Scientific memoirs by medical officers of the Army of India - Part II,
Year: 1886
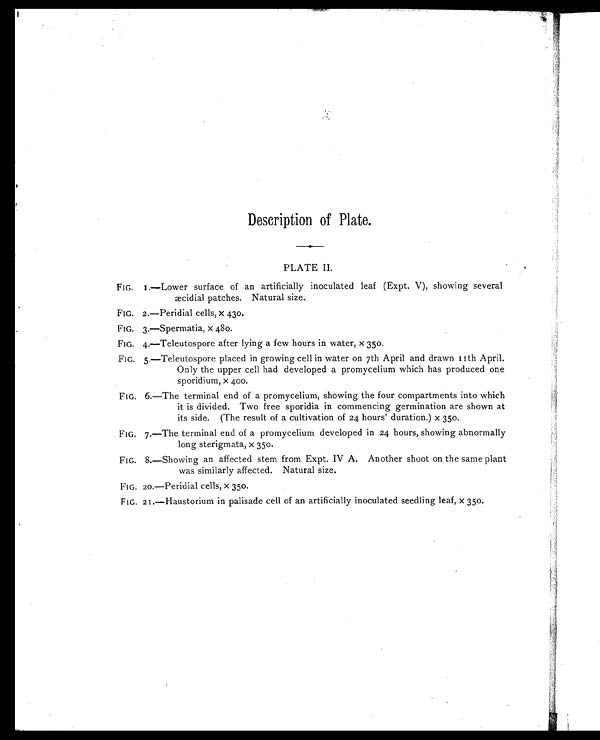
Description of Plate.
PLATE II.
FIG. 1.—Lower surface of an artificially inoculated leaf (Expt. V), showing several
cidial patches. Natural size.
FIG. 2.—Peridial cells, x 430.
FIG. 3.—Spermatia, x 480.
FIG. 4.—Teleutospore after lying a few hours in water, x 350.
FIG. 5.—Teleutospore placed in growing cell in water on 7th April and drawn 11th April.
Only the upper cell had developed a promycelium which has produced one
sporidium, x 400.
FIG. 6.—The terminal end of a promycelium, showing the four compartments into which
it is divided. Two free sporidia in commencing germination are shown at
its side. (The result of a cultivation of 24 hours' duration.) x 350.
FIG. 7.—The terminal end of a promycelium developed in 24 hours, showing abnormally
long sterigmata, x 350.
FIG. 8.—Showing an affected stem from Expt. IV A. Another shoot on the same plant
was similarly affected. Natural size.
FIG. 20.—Peridial cells, x 350.
FIG. 21.—Haustorium in palisade cell of an artificially inoculated seedling leaf, x 350.